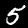
Label: 5